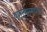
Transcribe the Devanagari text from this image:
बाराबारमधील